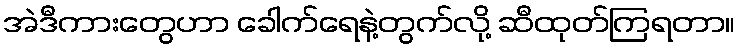
အဲဒီကားတွေဟာ ခေါက်ရေနဲ့တွက်လို့ ဆီထုတ်ကြရတာ။